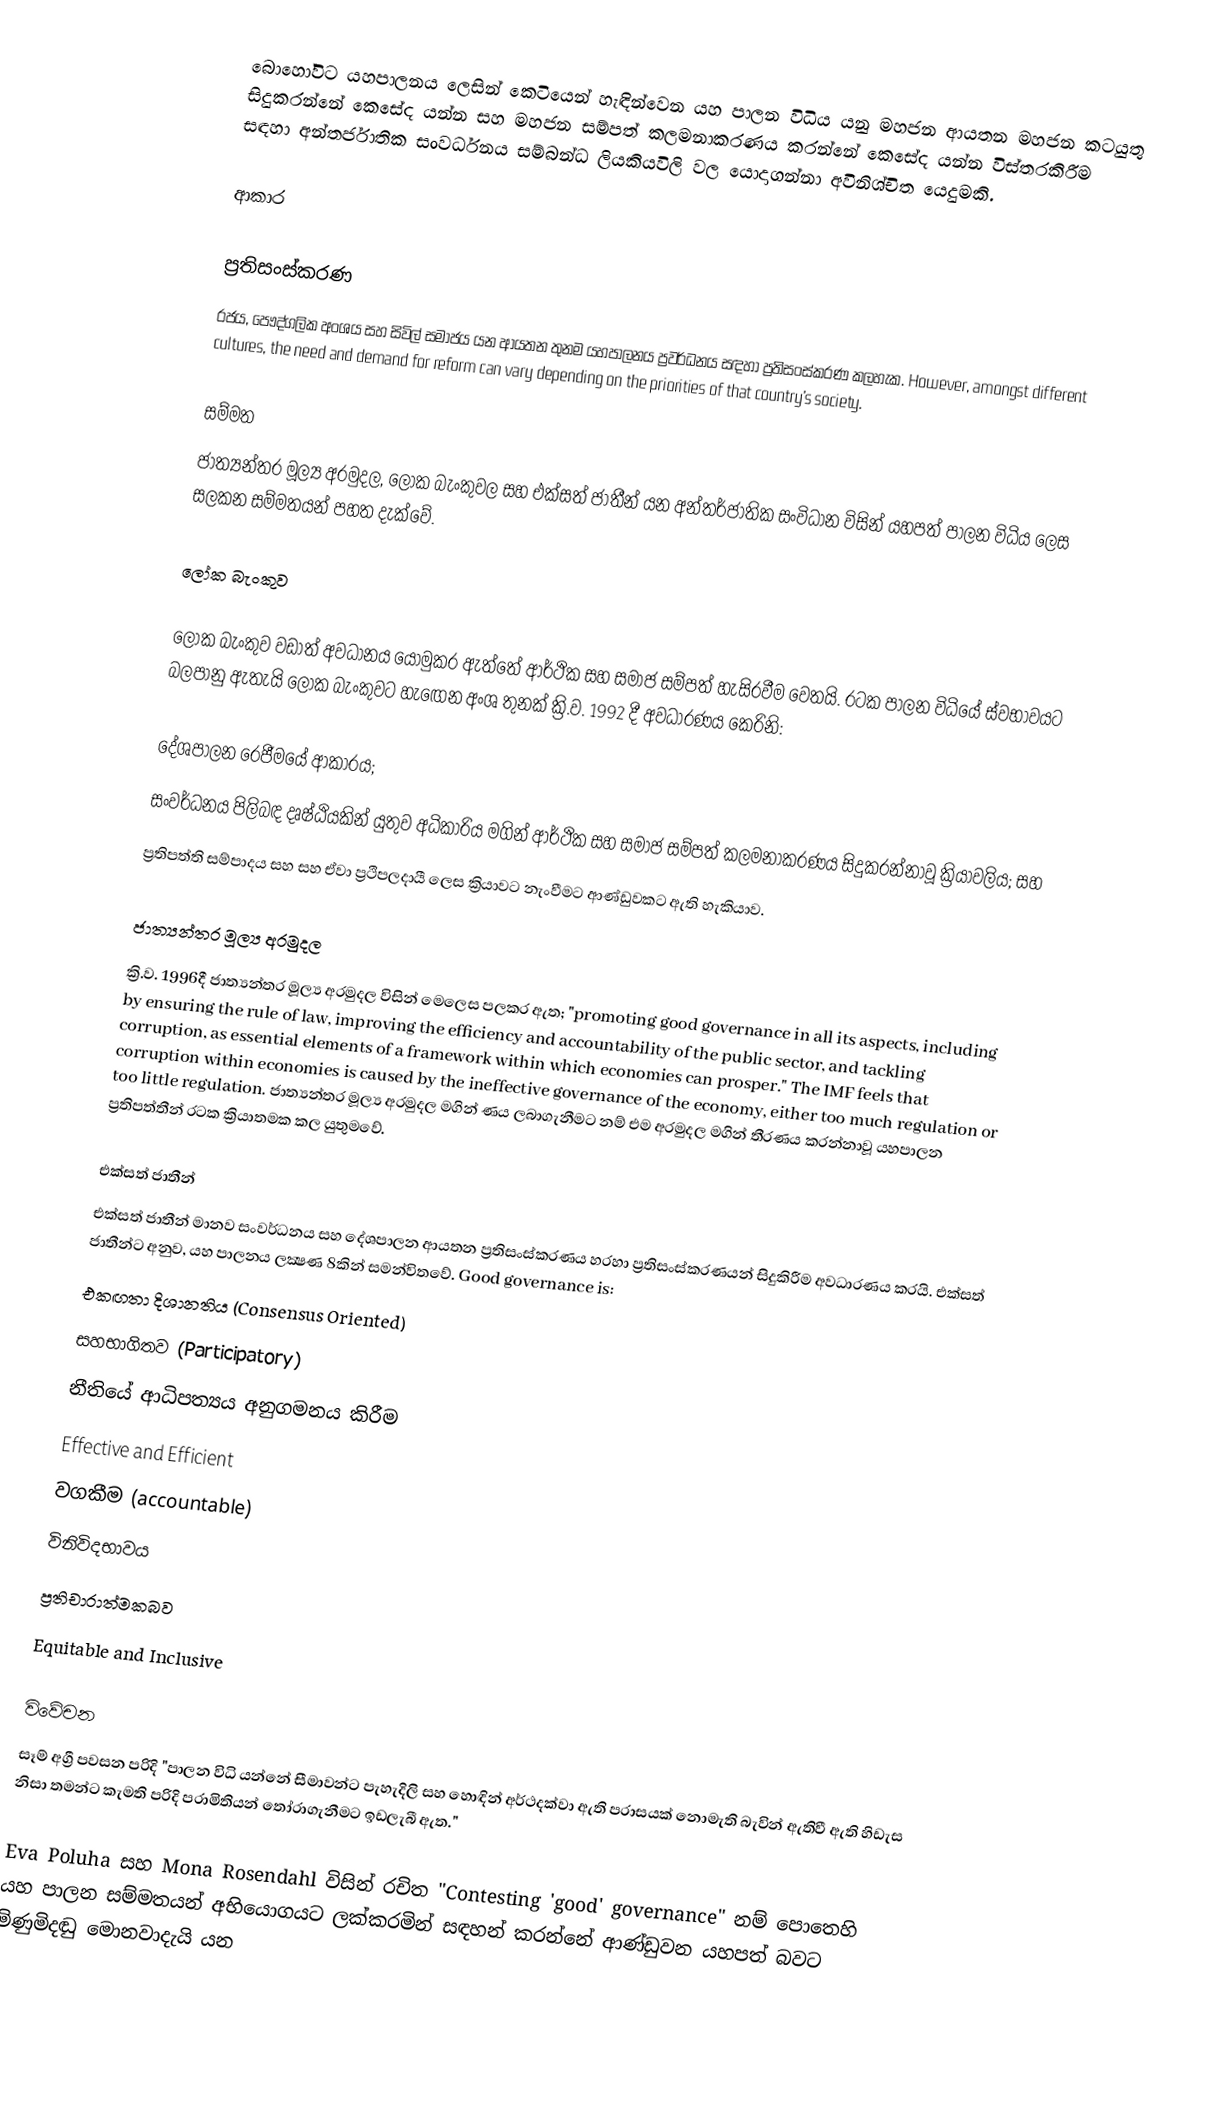
බොහෝවිට යහපාලනය ලෙසින් කෙටියෙන් හැඳින්වෙන යහ පාලන විධිය යනු මහජන ආයතන මහජන කටයුතු සිදුකරන්නේ කෙසේද යන්න සහ මහජන සම්පත් කලමනාකරණය කරන්නේ කෙසේද යන්න විස්තරකිරීම සඳහා අන්තර්ජාතික සංවර්ධනය සම්බන්ධ ලියකියවිලි වල යොදාගන්නා අවිනිශ්චිත යෙදුමකි.

ආකාර

ප්‍රතිසංස්කරණ
රජය, පෞද්ගලික අංශය සහ සිවිල් සමාජය යන ආයතන තුනම යහපාලනය ප්‍රවර්ධනය සඳහා  ප්‍රතිසංස්කරණ කලහැක.  However, amongst different cultures, the need and demand for reform can vary depending on the priorities of that country's society.

සම්මත
ජාත්‍යන්තර මූල්‍ය අරමුදල, ලෝක බැංකුවල සහ එක්සත් ජාතීන්  යන අන්තර්ජාතික සංවිධාන විසින් යහපත් පාලන විධිය ලෙස සලකන සම්මතයන් පහත දැක්වේ.

ලෝක බැංකුව

ලෝක බැංකුව වඩාත් අවධානය යොමුකර ඇත්තේ ආර්ථික සහ සමාජ සම්පත් හැසිරවීම වෙතයි. රටක පාලන විධියේ ස්‍වභාවයට බලපානු ඇතැයි ලෝක බැංකුවට හැඟෙන අංශ තුනක් ක්‍රි.ව. 1992 දී අවධාරණය කෙරිනි:

දේශපාලන රෙජීමයේ ආකාරය;
සංවර්ධනය පිලිබඳ දෘෂ්ඨියකින් යුතුව අධිකාරිය මගින් ආර්ථික සහ සමාජ සම්පත් කලමනාකරණය සිදුකරන්නාවූ ක්‍රියාවලිය; සහ
ප්‍රතිපත්ති සම්පාදය සහ සහ ඒවා ප්‍රථිපලදායී ලෙස ක්‍රියාවට නැංවීමට ආණ්ඩුවකට ඇති හැකියාව.

ජාත්‍යන්තර මූල්‍ය අරමුදල
ක්‍රි.ව. 1996දී ජාත්‍යන්තර මූල්‍ය අරමුදල විසින් මෙලෙස පලකර ඇත; "promoting good governance in all its aspects, including by ensuring the rule of law, improving the efficiency and accountability of the public sector, and tackling corruption, as essential elements of a framework within which economies can prosper." The IMF feels that corruption within economies is caused by the ineffective governance of the economy, either too much regulation or too little regulation. ජාත්‍යන්තර මූල්‍ය අරමුදල මගින් ණය ලබාගැනීමට නම් එම අරමුදල මගින් තීරණය කරන්නාවූ යහපාලන ප්‍රතිපත්තීන් රටක ක්‍රියාතමක කල යුතුමවේ.

එක්සත් ජාතීන්
එක්සත් ජාතීන් මානව සංවර්ධනය සහ දේශපාලන ආයතන ප්‍රතිසංස්කරණය හරහා ප්‍රතිසංස්කරණයන් සිදුකිරීම අවධාරණය කරයි. එක්සත් ජාතීන්ට අනුව, යහ පාලනය ලක්‍ෂණ 8කින් සමන්විතවේ. Good governance is:
එකඟතා දිශානතිය (Consensus Oriented)
සහභාගිතව (Participatory)
නීතියේ ආධිපත්‍යය අනුගමනය කිරීම
Effective and Efficient
වගකීම (accountable)
විනිවිදභාවය
ප්‍රතිචාරාත්මකබව
Equitable and Inclusive

විවේචන
සෑම් අග්‍රී පවසන පරිදි "පාලන විධි යන්නේ සීමාවන්ට පැහැදිලි සහ හොඳින් අර්ථදක්වා ඇති පරාසයක්  නොමැති බැවින් ඇතිවී ඇති හිඩැස නිසා තමන්ට කැමති පරිදි පරාමිතියන් තෝරාගැනීමට ඉඩලැබී ඇත."

Eva Poluha සහ Mona Rosendahl විසින් රචිත "Contesting 'good' governance" නම් පොතෙහි  යහ පාලන සම්මතයන් අභියොගයට ලක්කරමින් සඳහන් කරන්නේ ආණ්ඩුවන යහපත් බවට මිණුමිදඬු මොනවාදැයි යන